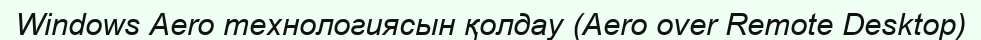
Windows Aero технологиясын қолдау (Aero over Remote Desktop)